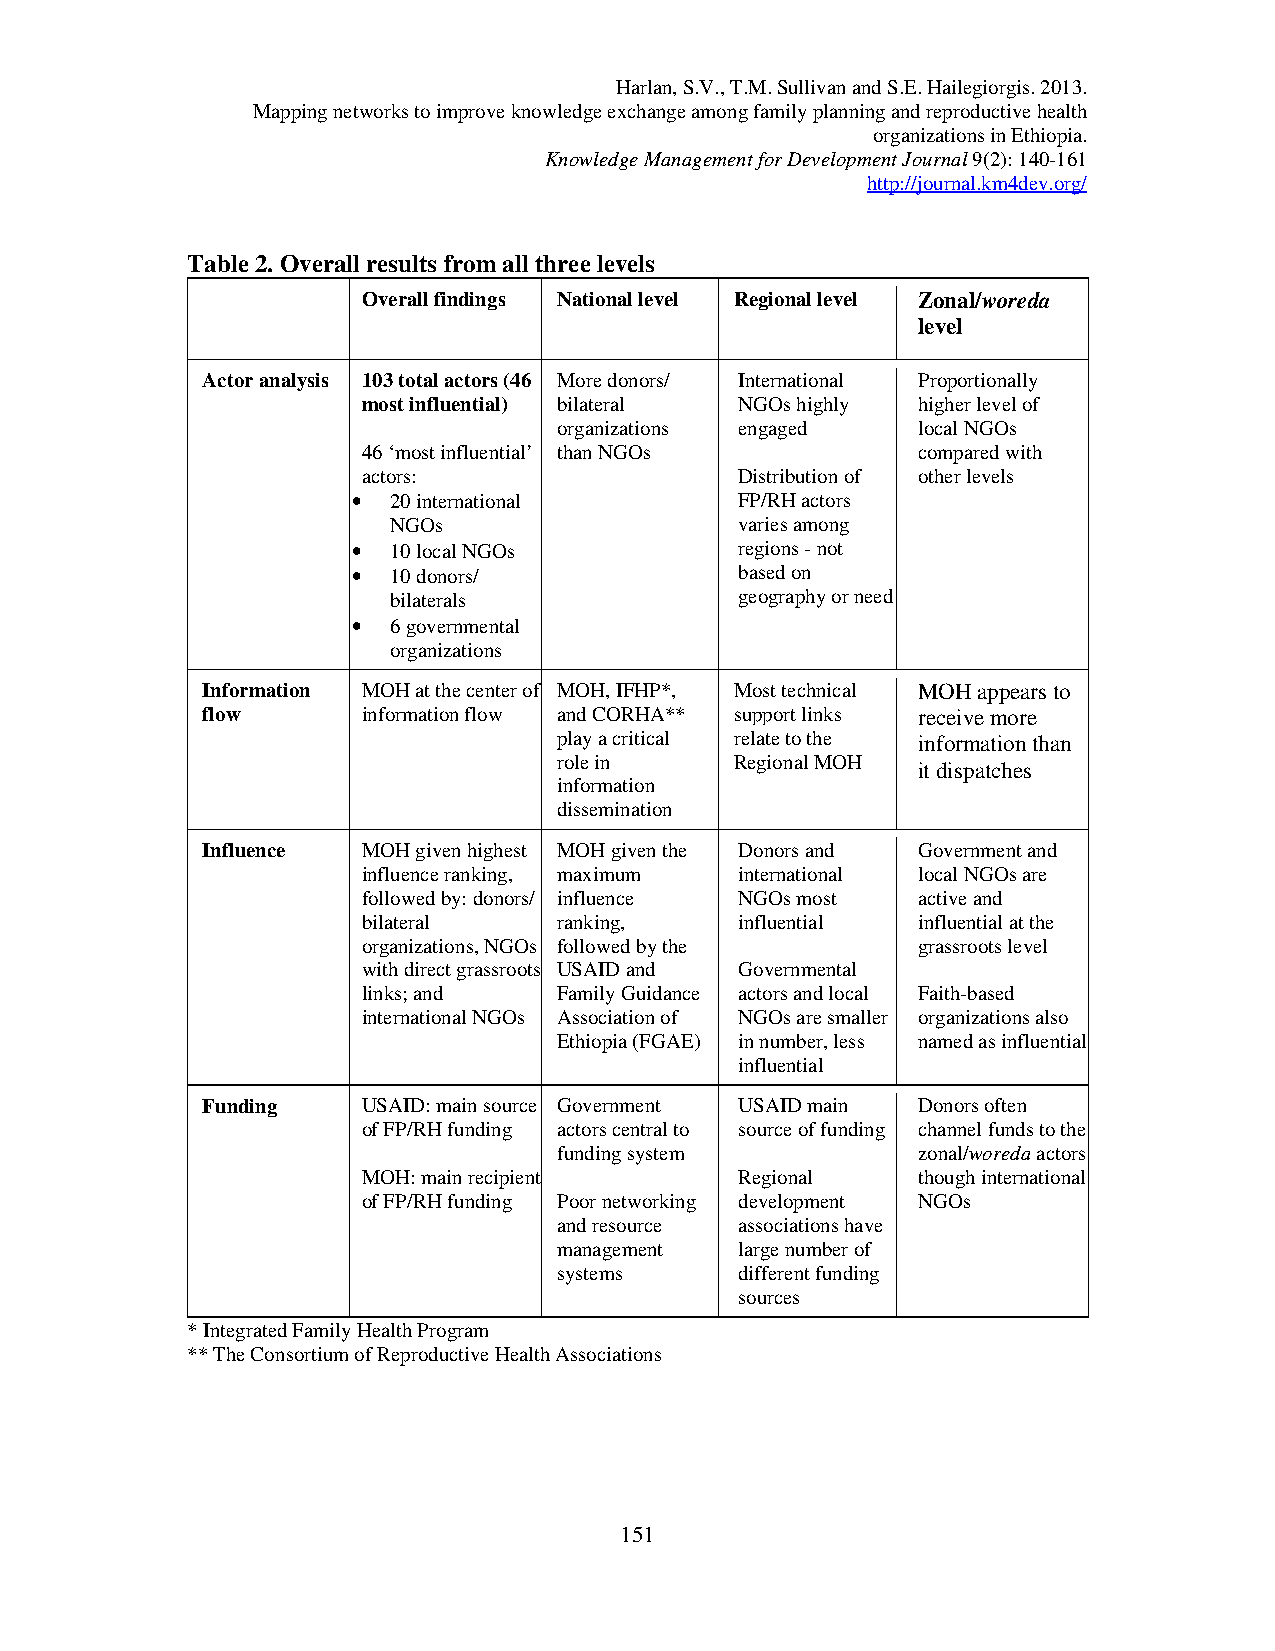
Harlan, S.V., T.M. Sullivan and S.E. Hailegiorgis. 2013.
 Mapping networks to improve knowledge exchange among family planning and reproductive health
 organizations in Ethiopia.
 Knowledge Management for Development Journal 9(2): 140-161
 http://journal.km4dev.org/
 Table 2. Overall results from all three levels
 Overall findings National level Regional level Zonal/woreda
 level
 Actor analysis 103 total actors (46 More donors/ International Proportionally
 most influential) bilateral NGOs highly higher level of
 organizations engaged   local NGOs
 46 ‘most influential’ than NGOs      compared with
 actors:                  Distribution of other levels
 •  20 international       FP/RH actors
 NGOs                   varies among
 •  10 local NGOs          regions - not
 •  10 donors/             based on
 bilaterals             geography or need
 •  6 governmental
 organizations
 Information MOH at the center of MOH, IFHP*, Most technical MOH appears to
 flow       information flow and CORHA** support links receive more
 play a critical relate to the information than
 role in     Regional MOH
 it dispatches
 information
 dissemination
 Influence  MOH given highest MOH given the Donors and Government and
 influence ranking, maximum international local NGOs are
 followed by: donors/ influence NGOs most active and
 bilateral    ranking,    influential influential at the
 organizations, NGOs followed by the  grassroots level
 with direct grassroots USAID and Governmental
 links; and   Family Guidance actors and local Faith-based
 international NGOs Association of NGOs are smaller organizations also
 Ethiopia (FGAE) in number, less named as influential
 influential
 Funding    USAID: main source Government USAID main Donors often
 of FP/RH funding actors central to source of funding channel funds to the
 funding system          zonal/woreda actors
 MOH: main recipient      Regional    though international
 of FP/RH funding Poor networking development NGOs
 and resource associations have
 management  large number of
 systems     different funding
 sources
 * Integrated Family Health Program
 ** The Consortium of Reproductive Health Associations
 151